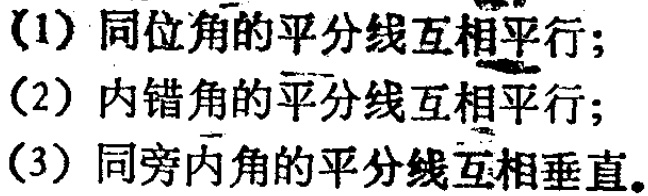
(1) 同位角的平分线互相平行；

(2) 内错角的平分线互相平行；

(3) 同旁内角的平分线互相垂直。